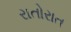
રાતોરાત